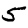
Digit: 5